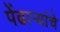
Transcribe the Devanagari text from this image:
पेंढाऱ्यांचे